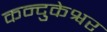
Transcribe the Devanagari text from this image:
कन्दुकेश्वर